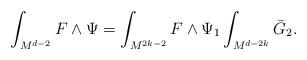
LaTeX: \begin{align*}\int_{M^{d-2}} F \wedge \Psi = \int_{M^{2k-2}}F \wedge \Psi_{1}\int_{M^{d-2k}} \bar{G}_{2}.\end{align*}